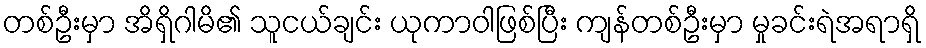
တစ်ဦးမှာ အိရှိဂါမိ၏ သူငယ်ချင်း ယုကာဝါဖြစ်ပြီး ကျန်တစ်ဦးမှာ မှုခင်းရဲအရာရှိ